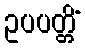
ဥပပတ္တိံ